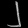
Digit: ၂